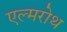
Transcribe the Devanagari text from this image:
एल्मरोथ